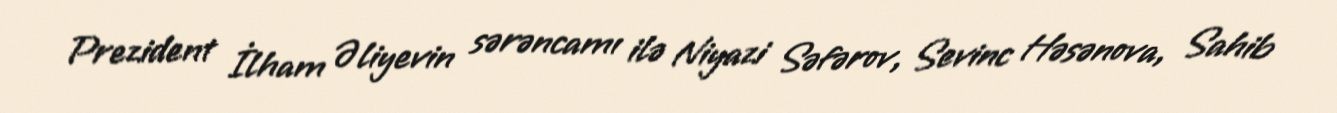
Prezident İlham Əliyevin sərəncamı ilə Niyazi Səfərov, Sevinc Həsənova, Sahib